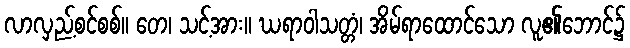
လာလှည့်စင်စစ်။ တေ၊ သင့်အား။ ဃရာဝါသတ္တံ၊ အိမ်ရာထောင်သော လူ၏ဘောင်၌